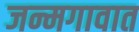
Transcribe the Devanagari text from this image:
जन्मगावात